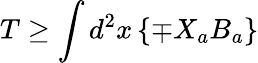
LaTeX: T\geq\int d^{2}x\left\{ \mp X_{a}B_{a}\right\}